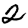
Digit: 2